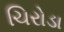
ચિરોડા